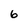
Character: 6